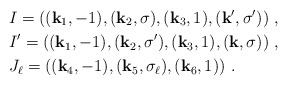
\begin{align*}& I=\left((\mathbf{k}_1,-1), (\mathbf{k}_2,\sigma), (\mathbf{k}_3,1), (\mathbf{k}',\sigma') \right) \,,\\ & I'=\left((\mathbf{k}_1,-1), (\mathbf{k}_2,\sigma'), (\mathbf{k}_3,1), (\mathbf{k},\sigma) \right) \,, \\& J_{\ell}=\left((\mathbf{k}_4,-1), (\mathbf{k}_5,\sigma_{\ell}), (\mathbf{k}_6,1) \right) \,.\end{align*}